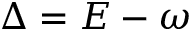
\Delta = E - \omega